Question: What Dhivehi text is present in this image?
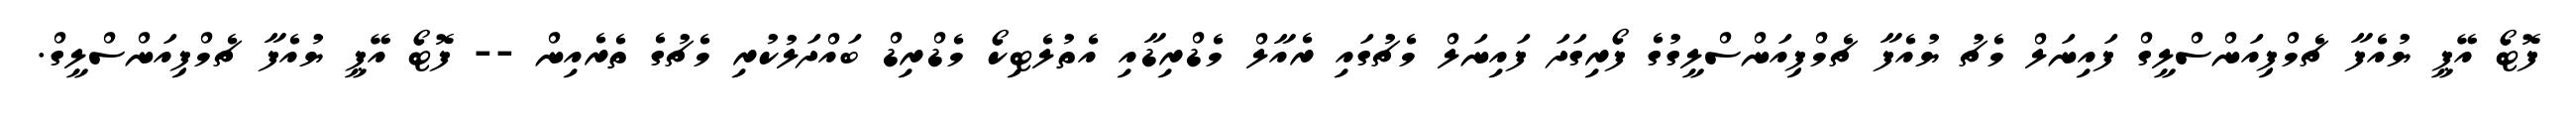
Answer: ފޮޓޯ އޭޕީ ޔުއެފާ ޗެމްޕިއަންސްލީގް ފައިނަލް މެޗު ޔުއެފާ ޗެމްޕިއަންސްލީގުގެ ފޯރިގަދަ ފައިނަލް މެޗުގައި ރެއާލް މެޑްރިޑާއި އެތުލެޓިކޯ މެޑްރިޑް ބައްދަލުކުރި މެޗުގެ ތެރެއިން -- ފޮޓޯ އޭޕީ ޔުއެފާ ޗެމްޕިއަންސްލީގް.